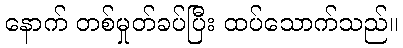
နောက် တစ်မှုတ်ခပ်ပြီး ထပ်သောက်သည်။